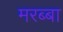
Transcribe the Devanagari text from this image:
मरब्बा